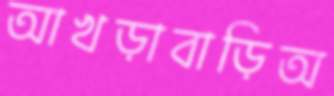
আখড়াবাড়িঅ